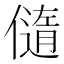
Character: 𠏍